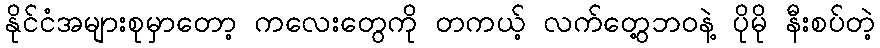
နိုင်ငံအများစုမှာတော့ ကလေးတွေကို တကယ့် လက်တွေ့ဘဝနဲ့ ပိုမို နီးစပ်တဲ့